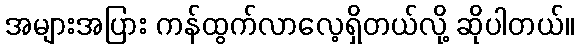
အများအပြား ကန်ထွက်လာလေ့ရှိတယ်လို့ ဆိုပါတယ်။